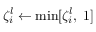
\zeta _ { i } ^ { l } \gets \operatorname* { m i n } [ \zeta _ { i } ^ { l } , \; 1 ]